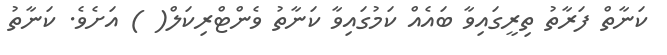
ކަނާތް ފަރާތު ތިރީގައިވާ ބައެއް ކަމުގައިވާ ކަނާތު ވެންޓްރިކަލް( ) އަށެވެ. ކަނާތު